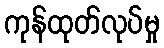
ကုန်ထုတ်လုပ်မှု